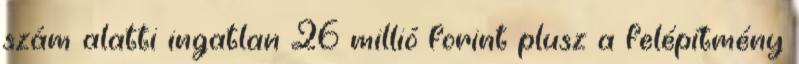
szám alatti ingatlan 26 millió forint plusz a felépítmény